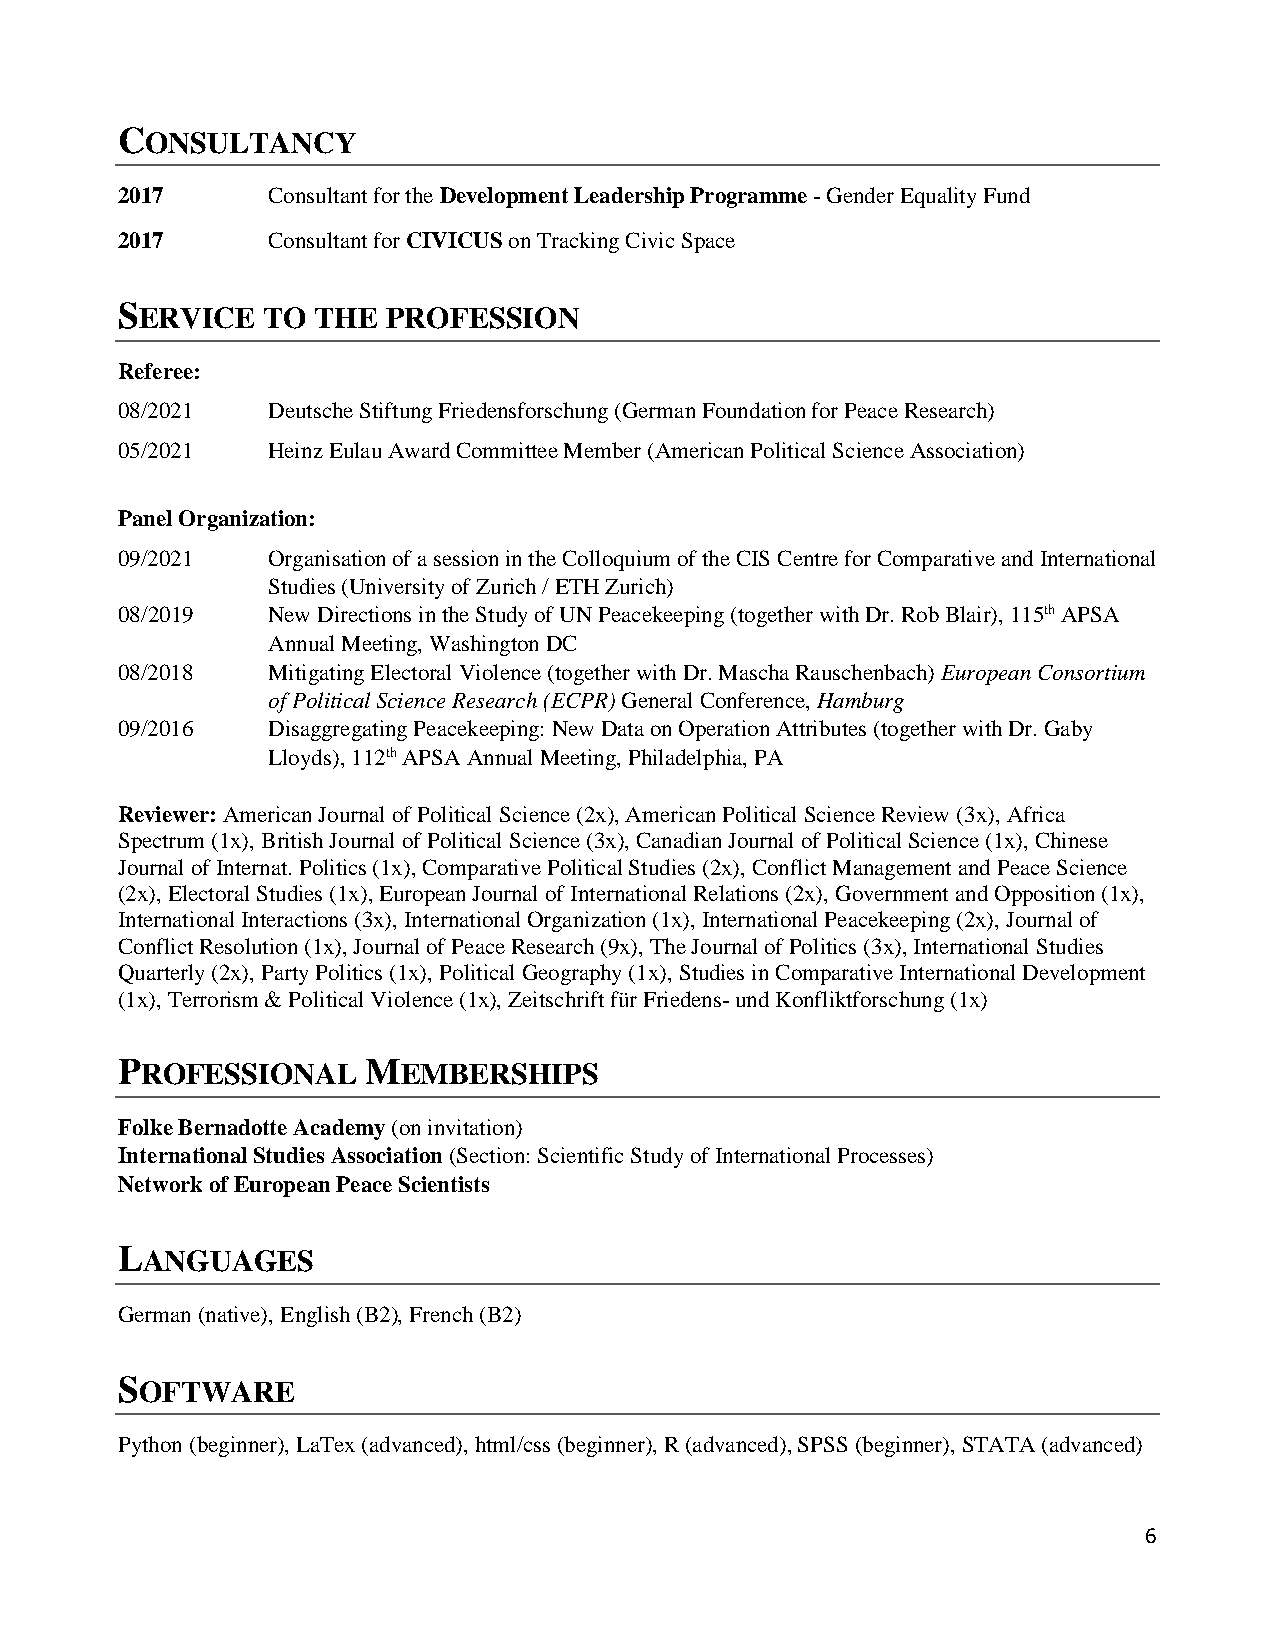
CONSULTANCY
 2017      Consultant for the Development Leadership Programme - Gender Equality Fund
 2017      Consultant for CIVICUS on Tracking Civic Space
 SERVICE  TO  THE  PROFESSION
 Referee:
 08/2021   Deutsche Stiftung Friedensforschung (German Foundation for Peace Research)
 05/2021   Heinz Eulau Award Committee Member (American Political Science Association)
 Panel Organization:
 09/2021   Organisation of a session in the Colloquium of the CIS Centre for Comparative and International
 Studies (University of Zurich / ETH Zurich)
 08/2019   New Directions in the Study of UN Peacekeeping (together with Dr. Rob Blair), 115th APSA
 Annual Meeting, Washington DC
 08/2018   Mitigating Electoral Violence (together with Dr. Mascha Rauschenbach) European Consortium
 of Political Science Research (ECPR) General Conference, Hamburg
 09/2016   Disaggregating Peacekeeping: New Data on Operation Attributes (together with Dr. Gaby
 Lloyds), 112th APSA Annual Meeting, Philadelphia, PA
 Reviewer: American Journal of Political Science (2x), American Political Science Review (3x), Africa
 Spectrum (1x), British Journal of Political Science (3x), Canadian Journal of Political Science (1x), Chinese
 Journal of Internat. Politics (1x), Comparative Political Studies (2x), Conflict Management and Peace Science
 (2x), Electoral Studies (1x), European Journal of International Relations (2x), Government and Opposition (1x),
 International Interactions (3x), International Organization (1x), International Peacekeeping (2x), Journal of
 Conflict Resolution (1x), Journal of Peace Research (9x), The Journal of Politics (3x), International Studies
 Quarterly (2x), Party Politics (1x), Political Geography (1x), Studies in Comparative International Development
 (1x), Terrorism & Political Violence (1x), Zeitschrift für Friedens- und Konfliktforschung (1x)
 PROFESSIONAL    MEMBERSHIPS
 Folke Bernadotte Academy (on invitation)
 International Studies Association (Section: Scientific Study of International Processes)
 Network of European Peace Scientists
 LANGUAGES
 German (native), English (B2), French (B2)
 SOFTWARE
 Python (beginner), LaTex (advanced), html/css (beginner), R (advanced), SPSS (beginner), STATA (advanced)
 6